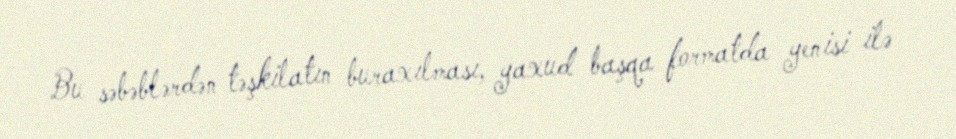
Bu səbəblərdən təşkilatın buraxılması, yaxud başqa formatda yenisi ilə